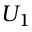
U _ { 1 }